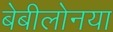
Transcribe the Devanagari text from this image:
बेबीलोनया